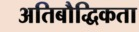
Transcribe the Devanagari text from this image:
अतिबौद्धिकता